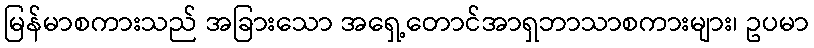
မြန်မာစကားသည် အခြားသော အရှေ့တောင်အာရှဘာသာစကားများ၊ ဥပမာ